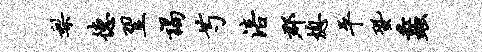
梨德翌谒芍涪郡熄平蛩蠡